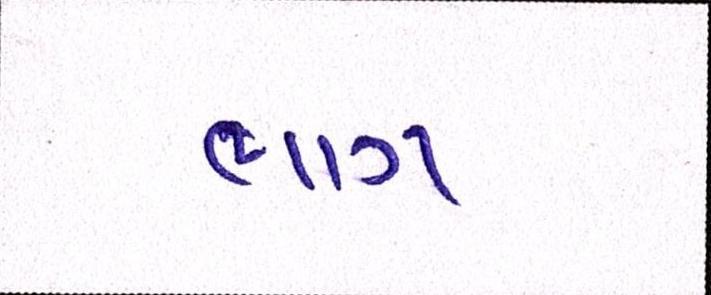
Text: ભાગ